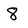
Character: 8